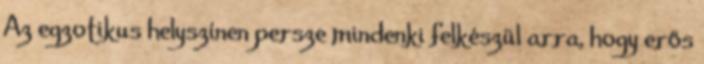
Az egzotikus helyszínen persze mindenki felkészül arra, hogy erős